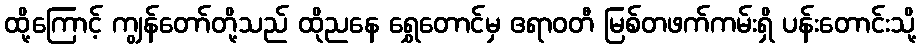
ထို့ကြောင့် ကျွန်တော်တို့သည် ထိုညနေ ရွှေတောင်မှ ဧရာဝတီ မြစ်တဖက်ကမ်းရှိ ပန်းတောင်းသို့